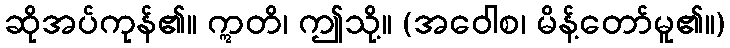
ဆိုအပ်ကုန်၏။ ဣတိ၊ ဤသို့။ (အဝေါစ၊ မိန့်တော်မူ၏။)